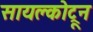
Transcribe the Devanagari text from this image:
सायक्लोट्रून